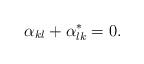
LaTeX: \begin{align*}\alpha_{kl} + \alpha^{\ast}_{lk} = 0.\end{align*}